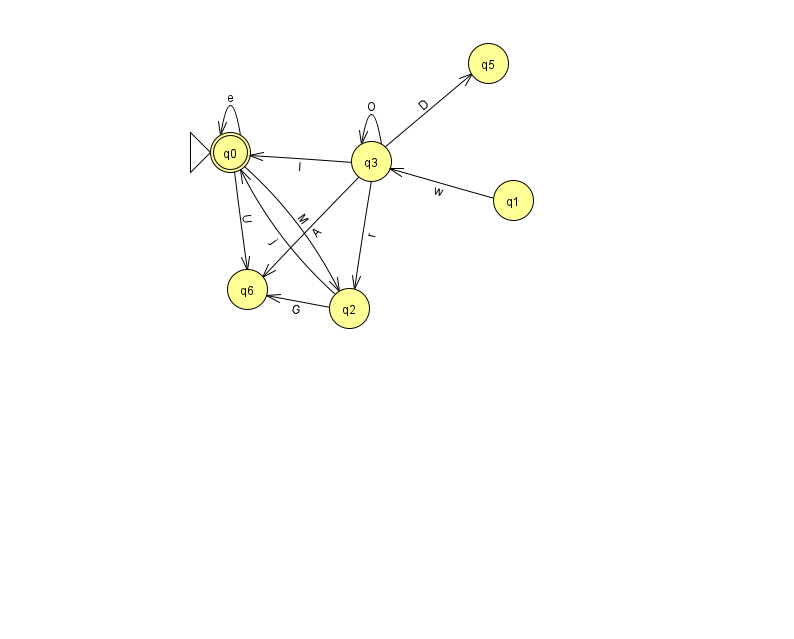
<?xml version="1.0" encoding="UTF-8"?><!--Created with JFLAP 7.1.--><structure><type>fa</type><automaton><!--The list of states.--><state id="0" name="q0"><x>230.0</x><y>139.0</y><initial/><final/></state><state id="1" name="q1"><x>513.0</x><y>187.0</y></state><state id="2" name="q2"><x>349.0</x><y>295.0</y></state><state id="3" name="q3"><x>371.0</x><y>148.0</y></state><state id="5" name="q5"><x>488.0</x><y>50.0</y></state><state id="6" name="q6"><x>247.0</x><y>276.0</y></state><!--The list of transitions.--><transition><from>2</from><to>0</to><read>j</read></transition><transition><from>3</from><to>5</to><read>D</read></transition><transition><from>1</from><to>3</to><read>w</read></transition><transition><from>2</from><to>6</to><read>G</read></transition><transition><from>0</from><to>0</to><read>e</read></transition><transition><from>0</from><to>2</to><read>M</read></transition><transition><from>3</from><to>2</to><read>r</read></transition><transition><from>3</from><to>6</to><read>A</read></transition><transition><from>0</from><to>6</to><read>U</read></transition><transition><from>3</from><to>0</to><read>l</read></transition><transition><from>3</from><to>3</to><read>O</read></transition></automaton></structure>